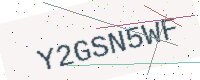
Text: Y2GSN5WF